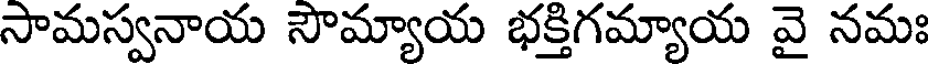
సామస్వనాయ సౌమ్యాయ భక్తిగమ్యాయ వై నమః